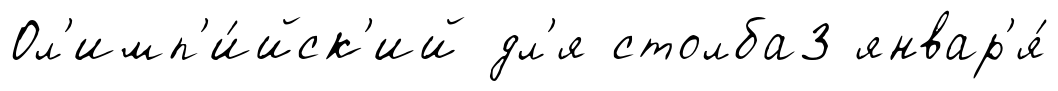
Ол'имп'и́йск'ий дл'я столба3 январ'я́